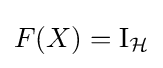
F(X)=\operatorname {I} _{\mathcal {H}}